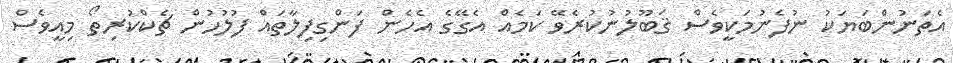
އެތަނުންބަޔަކު ނުފެނުމަކީވެސް ޤަބޫލުނުކުރެވޭ ކަމެއް އެގޭގެ އެހެން ފަންގިފިލާތައް ފުލުހުން ޗެކްކުރިތޯ މިއީވެސް